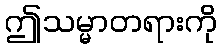
ဤသမ္မာတရားကို